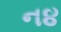
ન૪